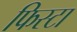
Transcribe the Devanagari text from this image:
फिस्टा